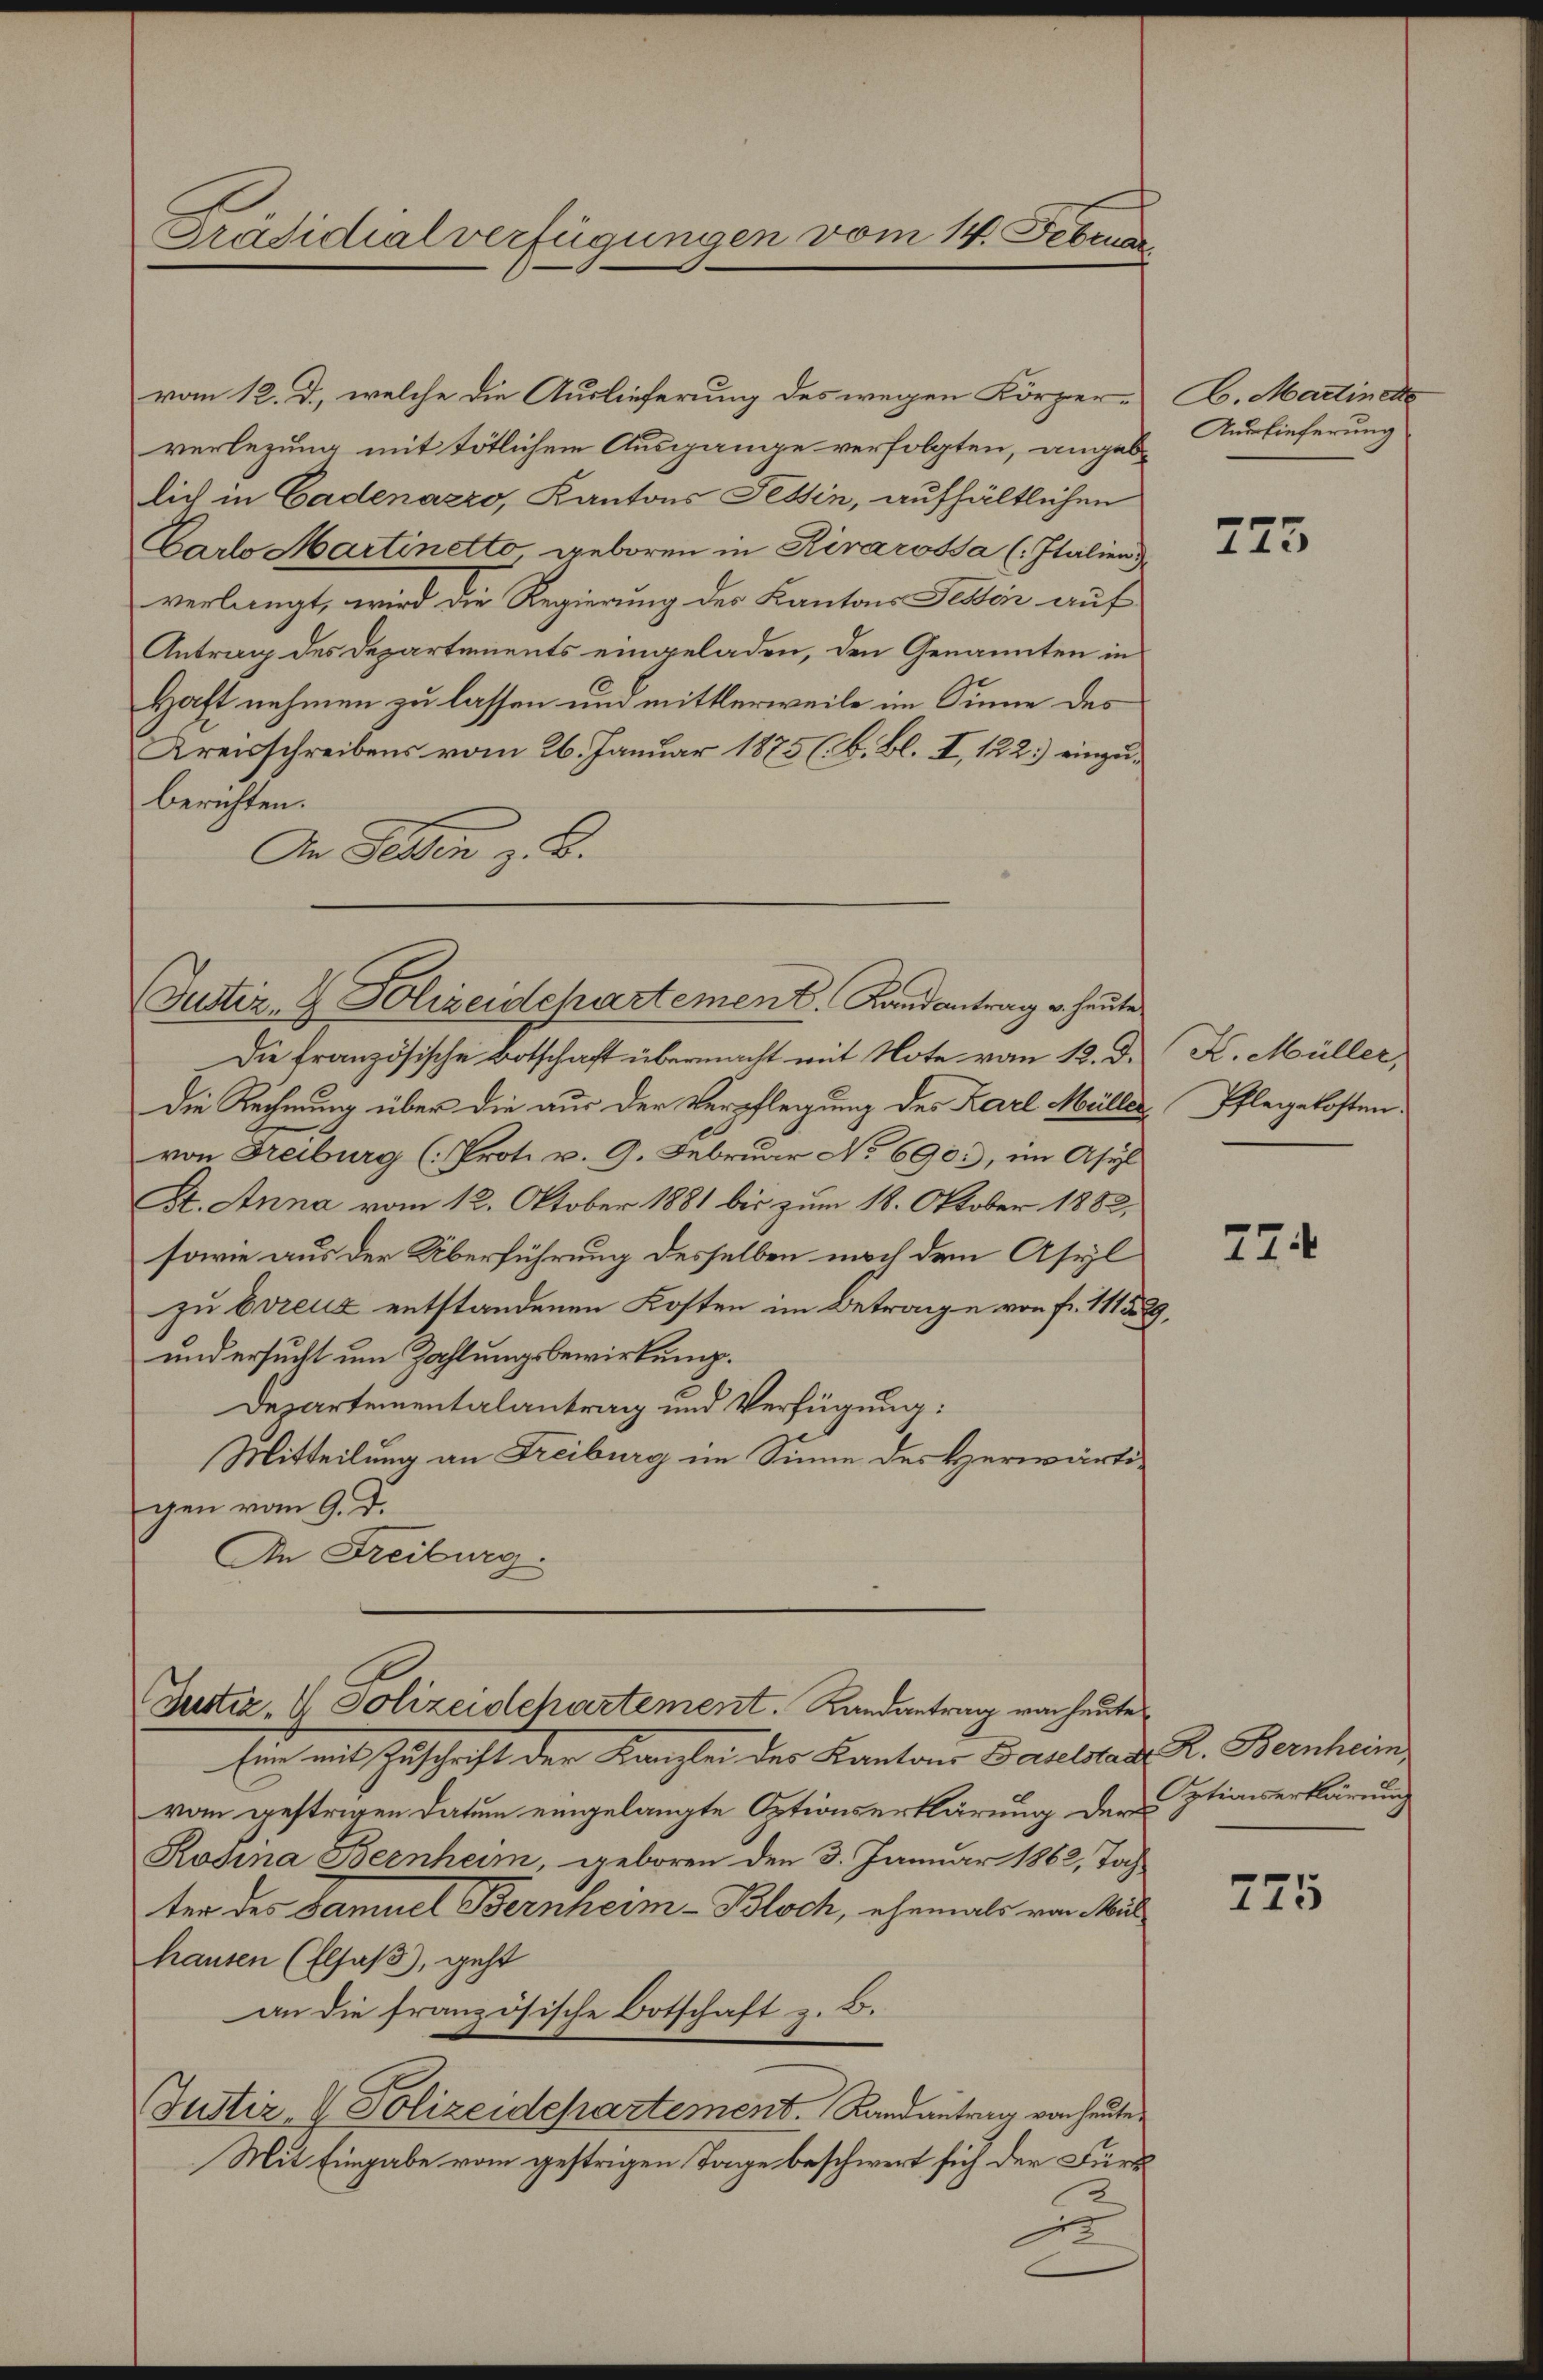
Präsidialverfügungen vom 14. Febru

vom 12. d., welche die Auslieferung des wegen Körper-
verlegung mit tötlichen Ausgange verfolgten, angebe
lich in Cadenazzo, Kantons Tessin, aufhältlichen
Carlo Martinetto geboren in Kirárossa (Italien d
verlangt, wird die Regierung der Kantons Tessi auf
Antrag des Departements eingeladen, den Genannten in
Haft nehmen zu lassen und mittlerweile im Sinne des
Kreisschreibens vom 26. Januar 1875 (B. Bl. I, 122) einzuberichten.
An Seiten z. B.

Justiz- & Polizeidepartement. Landantrag v. heute

Justiz- & Polizeidchartement. Landantrag von heute

Die französische Botschaft übermacht mit Note vom 12. d. K. Müller,
Die Rechnung über die aus der Verpflegung des Karl Müller Pflegekostenvon Freiburg (: Prot. v. 9. Februar No 690), im Asyl
St. Anna vom 12. Oktober 1881 bis zum 18. Oktober 1882,
sowie aus der Überführung desselben nach dem Asyl
zu Evreuz entstandenen Kosten im Betrage von Fr. 111529,
und ersucht um Zahlungsbewirkung.
Departementalantrag und Verfügung:
Mitteilung an Freiburg im Sinne des Herwärtigen vom 9. d.
An Freiburg.

Eine mit Zuschrift der Kanzlei des Kantons Baselstadtr. R. Bernheim
vom gestrigen Datum eingelangte Optionserklärung der Stiaiserklärung
Rosina Bernheim, geboren den 3. Januar 1862, Toch-
ter des Samuel Bernheim - Bloch, ehemals von Mil
hausen (Elsaß, geht
an die französische Botschaft z. B.
Justiz- & Polizeidepartement. Randantrag von heute
Mit Eingabe vom gestrigen Tage beschwert sich der Fürs
e

A. Martinette
Auslieferung

745

774

775